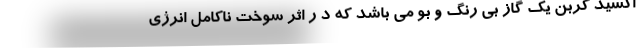
اکسید کربن یک گاز بی رنگ و بو می باشد که د ر اثر سوخت ناکامل انرژی